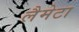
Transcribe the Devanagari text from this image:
लैमेटा